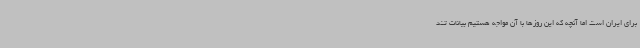
برای ایران است اما آنچه که این روزها با آن مواجه هستیم بیانات تند